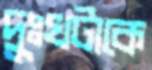
দুঃখটাকে